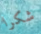
شكرا